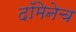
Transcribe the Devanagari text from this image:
दॉमेनेच